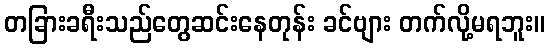
တခြားခရီးသည်တွေဆင်းနေတုန်း ခင်ဗျား တက်လို့မရဘူး။